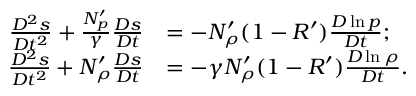
\begin{array} { r l } { \frac { D ^ { 2 } s } { D t ^ { 2 } } + \frac { N _ { p } ^ { \prime } } { \gamma } \frac { D s } { D t } } & { = - N _ { \rho } ^ { \prime } ( 1 - R ^ { \prime } ) \frac { D \ln p } { D t } ; } \\ { \frac { D ^ { 2 } s } { D t ^ { 2 } } + N _ { \rho } ^ { \prime } \frac { D s } { D t } } & { = - \gamma N _ { \rho } ^ { \prime } ( 1 - R ^ { \prime } ) \frac { D \ln \rho } { D t } . } \end{array}